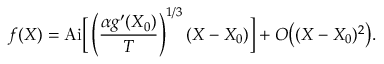
f ( X ) = \mathrm { A i } \bigg [ \left( \frac { \alpha g ^ { \prime } ( X _ { 0 } ) } { T } \right) ^ { 1 / 3 } ( X - X _ { 0 } ) \bigg ] + O \big ( ( X - X _ { 0 } ) ^ { 2 } \big ) .